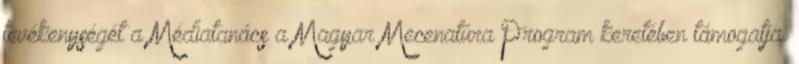
tevékenységét a Médiatanács a Magyar Mecenatúra Program keretében támogatja.